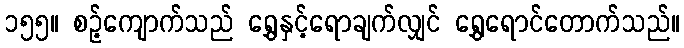
၁၅၅။ စဉ့်ကျောက်သည် ရွှေနှင့်ရောချက်လျှင် ရွှေရောင်တောက်သည်။